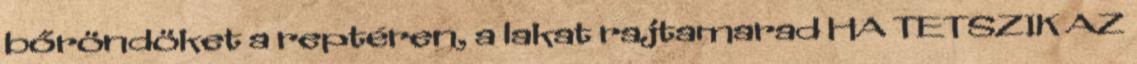
bőröndöket a reptéren, a lakat rajtamarad HA TETSZIK AZ